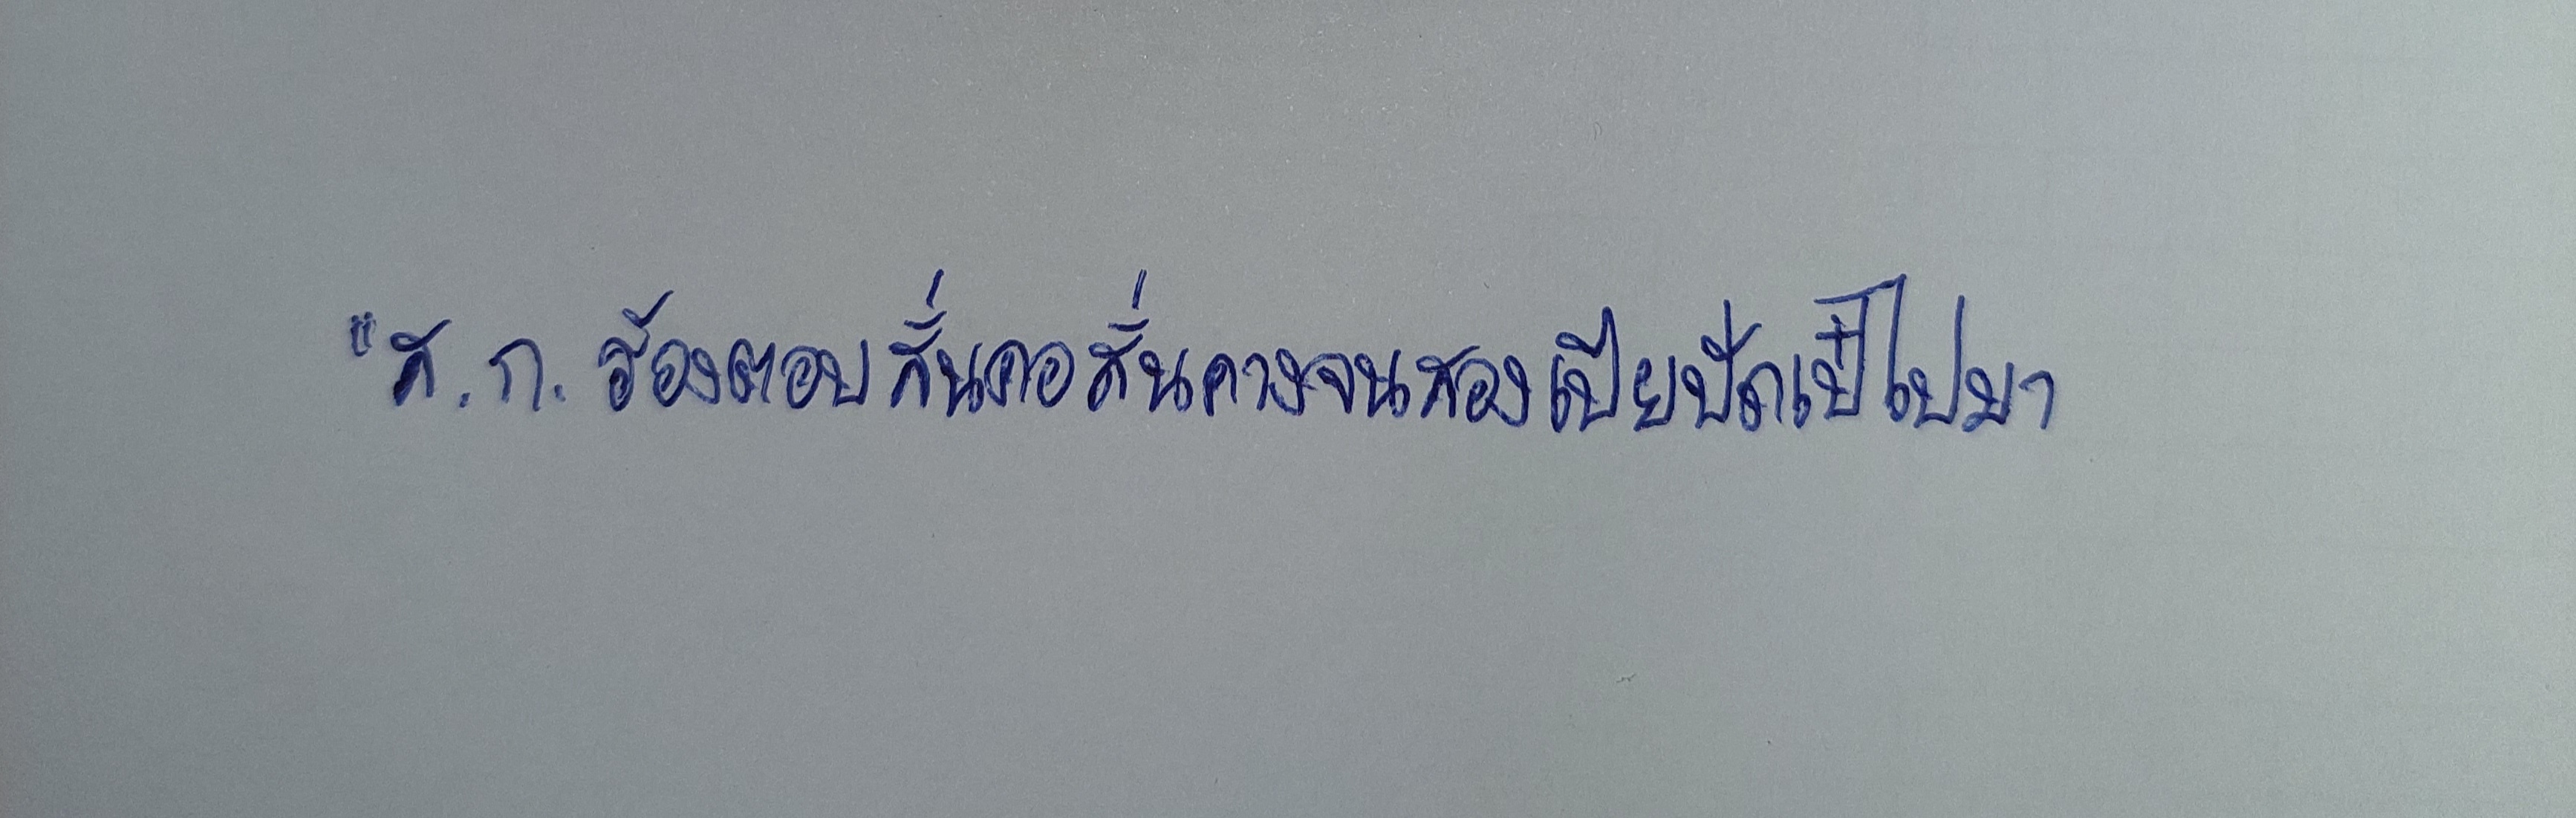
"ส.ก.ร้องตอบสั่นคอสั่นคางจนสองเปียปัดเป๋ไปมา